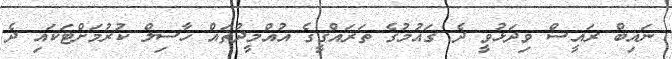
ނައިބް ރައީސް ވިދަޅުވީ ދެ ގައުމުގެ ތަރައްގީގެ އުއްމީދުތައް ހާސިލް ކުރުމަށްޓަކައި ދެ